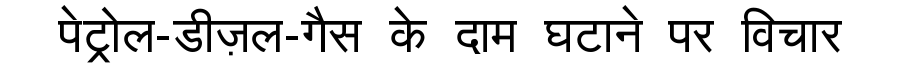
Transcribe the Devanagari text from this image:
पेट्रोल-डीज़ल-गैस के दाम घटाने पर विचार